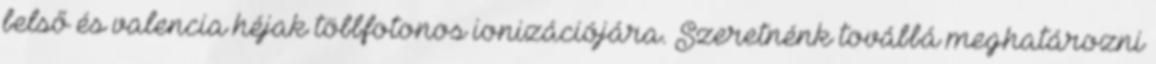
belső és valencia héjak többfotonos ionizációjára. Szeretnénk továbbá meghatározni